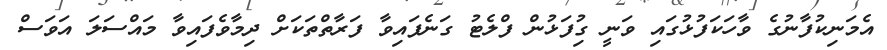
އެމަނިކުފާނުގެ ވާހަކަފުޅުގައި ވަނީ ގުިފަޅުން ފްލެޓު ގަނެފައިވާ ފަރާތްތަކަށް ދިމާވެފައިވާ މައްސަލަ އަވަސް